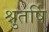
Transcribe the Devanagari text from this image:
श्रुतर्षि